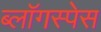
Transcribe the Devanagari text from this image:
ब्लॉगस्पेस